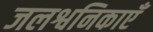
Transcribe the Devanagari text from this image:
जलश्वनिकाएँ